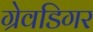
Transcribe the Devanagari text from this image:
ग्रेवडिगर